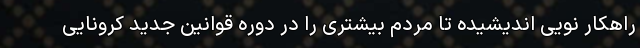
راهکار نویی اندیشیده تا مردم بیشتری را در دوره قوانین جدید کرونایی